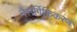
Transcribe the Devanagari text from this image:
नैसर्गिकिकरण